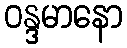
ဝန္ဒမာနော